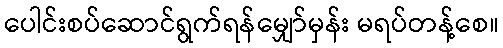
ပေါင်းစပ်ဆောင်ရွက်ရန်မျှော်မှန်း မရပ်တန့်စေ။